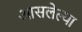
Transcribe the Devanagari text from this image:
आसलेल्या